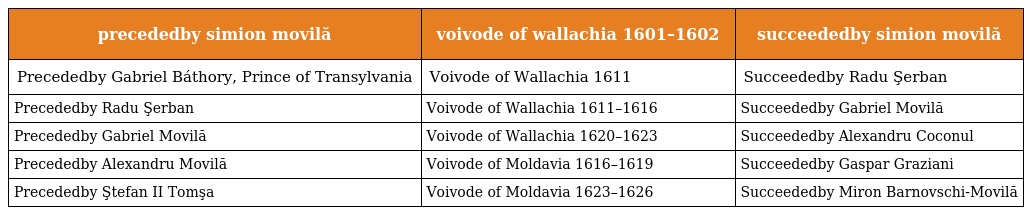
| precededby simion movilă | voivode of wallachia 1601–1602 | succeededby simion movilă |
 | --- | --- | --- |
 | Precededby Gabriel Báthory, Prince of Transylvania | Voivode of Wallachia 1611 | Succeededby Radu Şerban |
 | Precededby Radu Şerban | Voivode of Wallachia 1611–1616 | Succeededby Gabriel Movilă |
 | Precededby Gabriel Movilă | Voivode of Wallachia 1620–1623 | Succeededby Alexandru Coconul |
 | Precededby Alexandru Movilă | Voivode of Moldavia 1616–1619 | Succeededby Gaspar Graziani |
 | Precededby Ştefan II Tomşa | Voivode of Moldavia 1623–1626 | Succeededby Miron Barnovschi-Movilă |